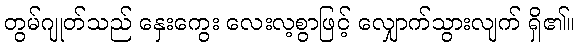
တွမ်ဂျုတ်သည် နှေးကွေး လေးလ့စွာဖြင့် လျှောက်သွားလျက် ရှိ၏။